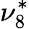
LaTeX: \nu_{8}^{*}